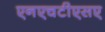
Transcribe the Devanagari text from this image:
एनएचटीएसए